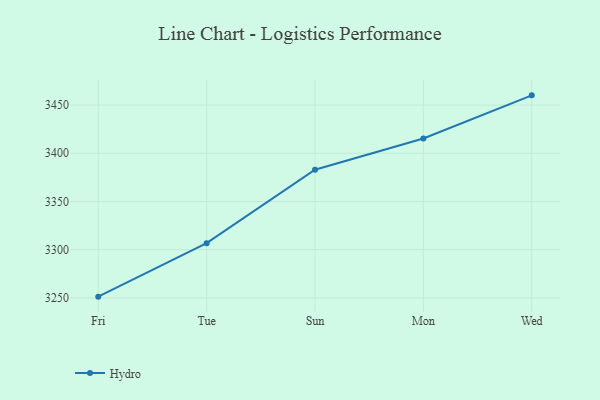
{"axis": {"x": "Day", "y": "Waste Production (Tons)"}, "legend": ["Hydro"], "data": [{"x": "Fri", "y": 3251.3, "type": "Hydro"}, {"x": "Tue", "y": 3306.8, "type": "Hydro"}, {"x": "Sun", "y": 3383.0, "type": "Hydro"}, {"x": "Mon", "y": 3415.4, "type": "Hydro"}, {"x": "Wed", "y": 3460.1, "type": "Hydro"}]}